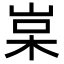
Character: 𡷵